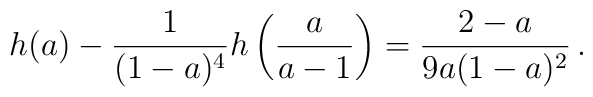
h(a)-{1\over{(1-a)^4}}h\left({a\over{a-1}}\right)={2-a\over{9a(1-a)^2}}\,.